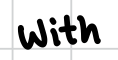
Text: with
Cross-out: clean
Writing tool: digital_black